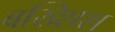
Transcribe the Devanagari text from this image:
बख्शिश